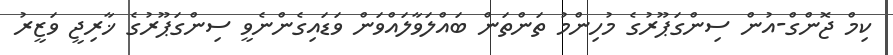
ކިމް ޖޮންގް-އުން ސިންގަޕޫރުގެ މުހިންމު ތަންތަން ބައްލަވާލައްވަން ވަޑައިގެންނެވީ ސިންގަޕޫރުގެ ޚާރިޖީ ވަޒީރު